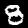
Label: 8